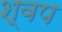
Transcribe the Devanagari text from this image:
श्वप